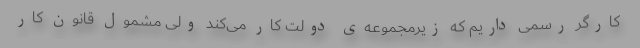
کارگر رسمی داریم که زیرمجموعه‌ی دولت کار می‌کند ولی مشمول قانون کار